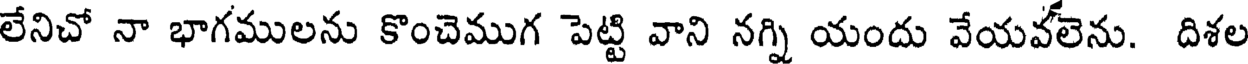
లేనిచో నా భాగములను కొంచెముగ పెట్టి వాని నగ్ని యందు వేయవలెను. దిశల